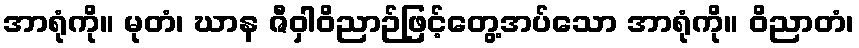
အာရုံကို။ မုတံ၊ ဃာန ဇီဝှါဝိညာဉ်ဖြင့်တွေ့အပ်သော အာရုံကို။ ဝိညာတံ၊